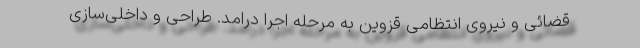
قضائی و نیروی انتظامی قزوین به مرحله اجرا درامد. طراحی و داخلی‌سازی